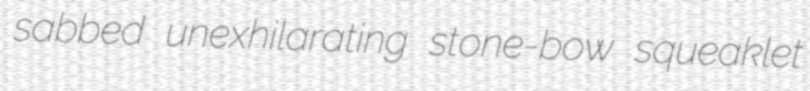
sabbed unexhilarating stone-bow squeaklet